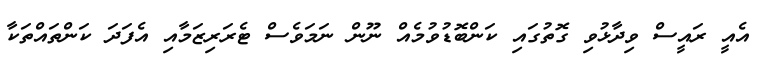
އެއީ ރައީސް ވިދާޅުވި ގޮތުގައި ކަންބޮޑުވުމެއް ނޫން ނަމަވެސް ޓެރަރިޒަމާއި އެފަދަ ކަންތައްތަކާ